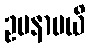
ဥပနာမယိ